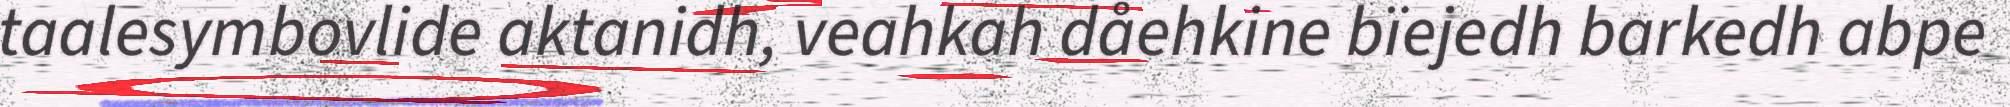
taalesymbovlide aktanidh, veahkah dåehkine bïejedh barkedh abpe